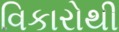
વિકારોથી